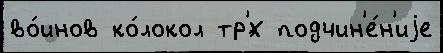
во́инов ко́локол тр'́х подчин'е́н'иjе